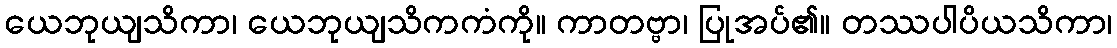
ယေဘုယျသိကာ၊ ယေဘုယျသိကကံကို။ ကာတဗ္ဗာ၊ ပြုအပ်၏။ တဿပါပိယသိကာ၊